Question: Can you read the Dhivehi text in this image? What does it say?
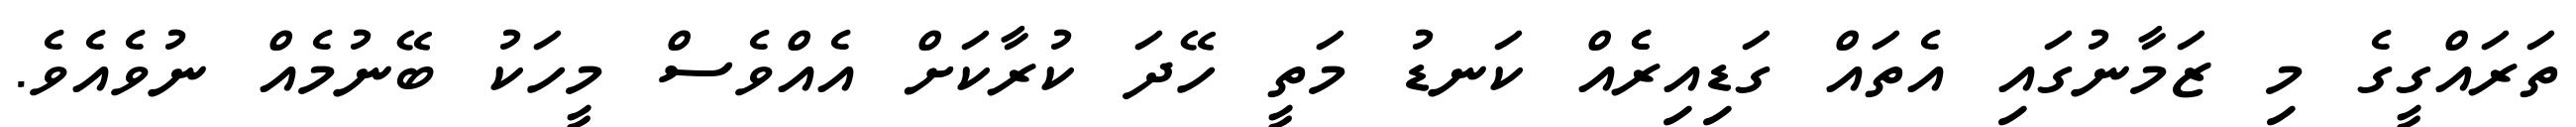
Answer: ތަރައްގީގެ މި ޒަމާނުގައި އެތައް ގަޑިއިރެެއް ކަނޑު މަތީ ހޭދަ ކުރާކަށް އެއްވެސް މީހަކު ބޭނުމެއް ނުވެއެވެ.